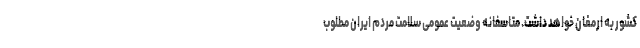
کشور به ارمغان خواهد داشت. متاسفانه وضعیت عمومی سلامت مردم ایران مطلوب